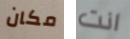
مكان انت